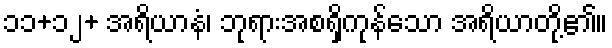
၁၁+၁၂+ အရိယာနံ၊ ဘုရားအစရှိကုန်သော အရိယာတို့၏။